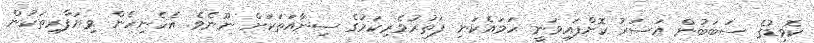
ކޮވިޑުގެ ސަބަބުން އަސަރު ކޮށްފައިވަނީ ހަމައެކަނި ފަތުރުވެރިކަމުގެ ސިނާއަތަކަށް ނޫނެވެ. އެހެނިހެން ވިޔަފާރިތަކުން